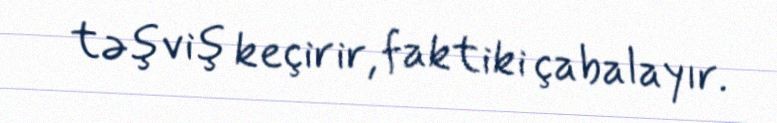
təşviş keçirir, faktiki çabalayır.